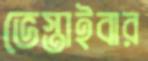
ভেস্তাইবার